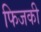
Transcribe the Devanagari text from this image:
फिजकी